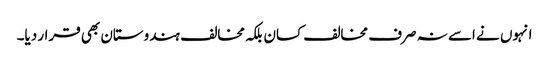
انہوں نے اسے نہ صرف مخالف کسان بلکہ مخالف ہندوستان بھی قرار دیا۔